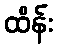
ထိန်း